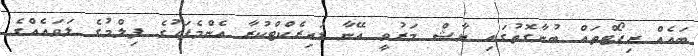
ބައެއް ރިޕޯޓްތައް ބުނާގޮތުގައި ޔާޝް މަރުވީ އޭނާ ޑައިރެކްޓްކުރާ އެންމެފަހުގެ ފިލްމުގެ ލަވައެއްގެ